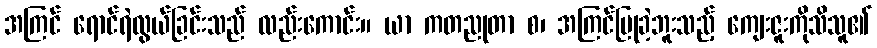
အကြင် ရောင်ရဲလွယ်ခြင်းသည် လည်းကောင်း။ ယာ ကတညုတာ စ၊ အကြင်ပြုခဲ့ဘူးသည့် ကျေးဇူးကိုသိသူ၏